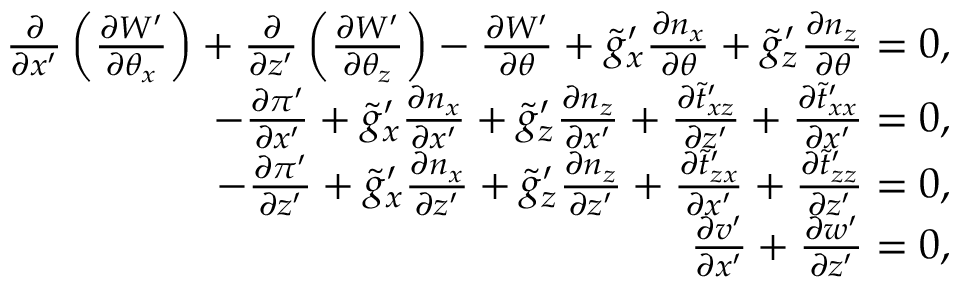
\begin{array} { r } { \frac { \partial } { \partial x ^ { \prime } } \left( \frac { \partial W ^ { \prime } } { \partial \theta _ { x } } \right) + \frac { \partial } { \partial z ^ { \prime } } \left( \frac { \partial W ^ { \prime } } { \partial \theta _ { z } } \right) - \frac { \partial W ^ { \prime } } { \partial \theta } + \tilde { g } _ { x } ^ { \prime } \frac { \partial n _ { x } } { \partial \theta } + \tilde { g } _ { z } ^ { \prime } \frac { \partial n _ { z } } { \partial \theta } = 0 , } \\ { - \frac { \partial \pi ^ { \prime } } { \partial x ^ { \prime } } + \tilde { g } _ { x } ^ { \prime } \frac { \partial n _ { x } } { \partial x ^ { \prime } } + \tilde { g } _ { z } ^ { \prime } \frac { \partial n _ { z } } { \partial x ^ { \prime } } + \frac { \partial \tilde { t } _ { x z } ^ { \prime } } { \partial z ^ { \prime } } + \frac { \partial \tilde { t } _ { x x } ^ { \prime } } { \partial x ^ { \prime } } = 0 , } \\ { - \frac { \partial \pi ^ { \prime } } { \partial z ^ { \prime } } + \tilde { g } _ { x } ^ { \prime } \frac { \partial n _ { x } } { \partial z ^ { \prime } } + \tilde { g } _ { z } ^ { \prime } \frac { \partial n _ { z } } { \partial z ^ { \prime } } + \frac { \partial \tilde { t } _ { z x } ^ { \prime } } { \partial x ^ { \prime } } + \frac { \partial \tilde { t } _ { z z } ^ { \prime } } { \partial z ^ { \prime } } = 0 , } \\ { \frac { \partial v ^ { \prime } } { \partial x ^ { \prime } } + \frac { \partial w ^ { \prime } } { \partial z ^ { \prime } } = 0 , } \end{array}